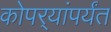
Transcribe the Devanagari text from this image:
कोपर्‍यांपर्यंत